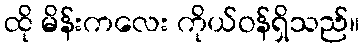
ထို မိန်းကလေး ကိုယ်ဝန်ရှိသည်။